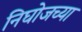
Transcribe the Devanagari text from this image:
निघोजच्या